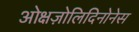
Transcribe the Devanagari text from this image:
ओक्षज़ोलिदिनोनेस